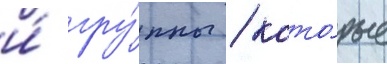
и́ гру́ппы / кото́рые